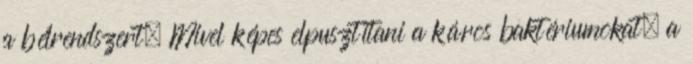
a bélrendszert. Mivel képes elpusztítani a káros baktériumokat, a